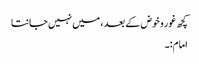
کچھ غور و خوض کے بعد ، میں نہیں جانتا
امام:۔